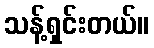
သန့်ရှင်းတယ်။